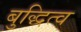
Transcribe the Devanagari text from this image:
बुद्धित्व